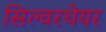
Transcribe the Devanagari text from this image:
सिल्वरचेयर